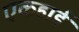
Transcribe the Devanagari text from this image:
एकहार्ड